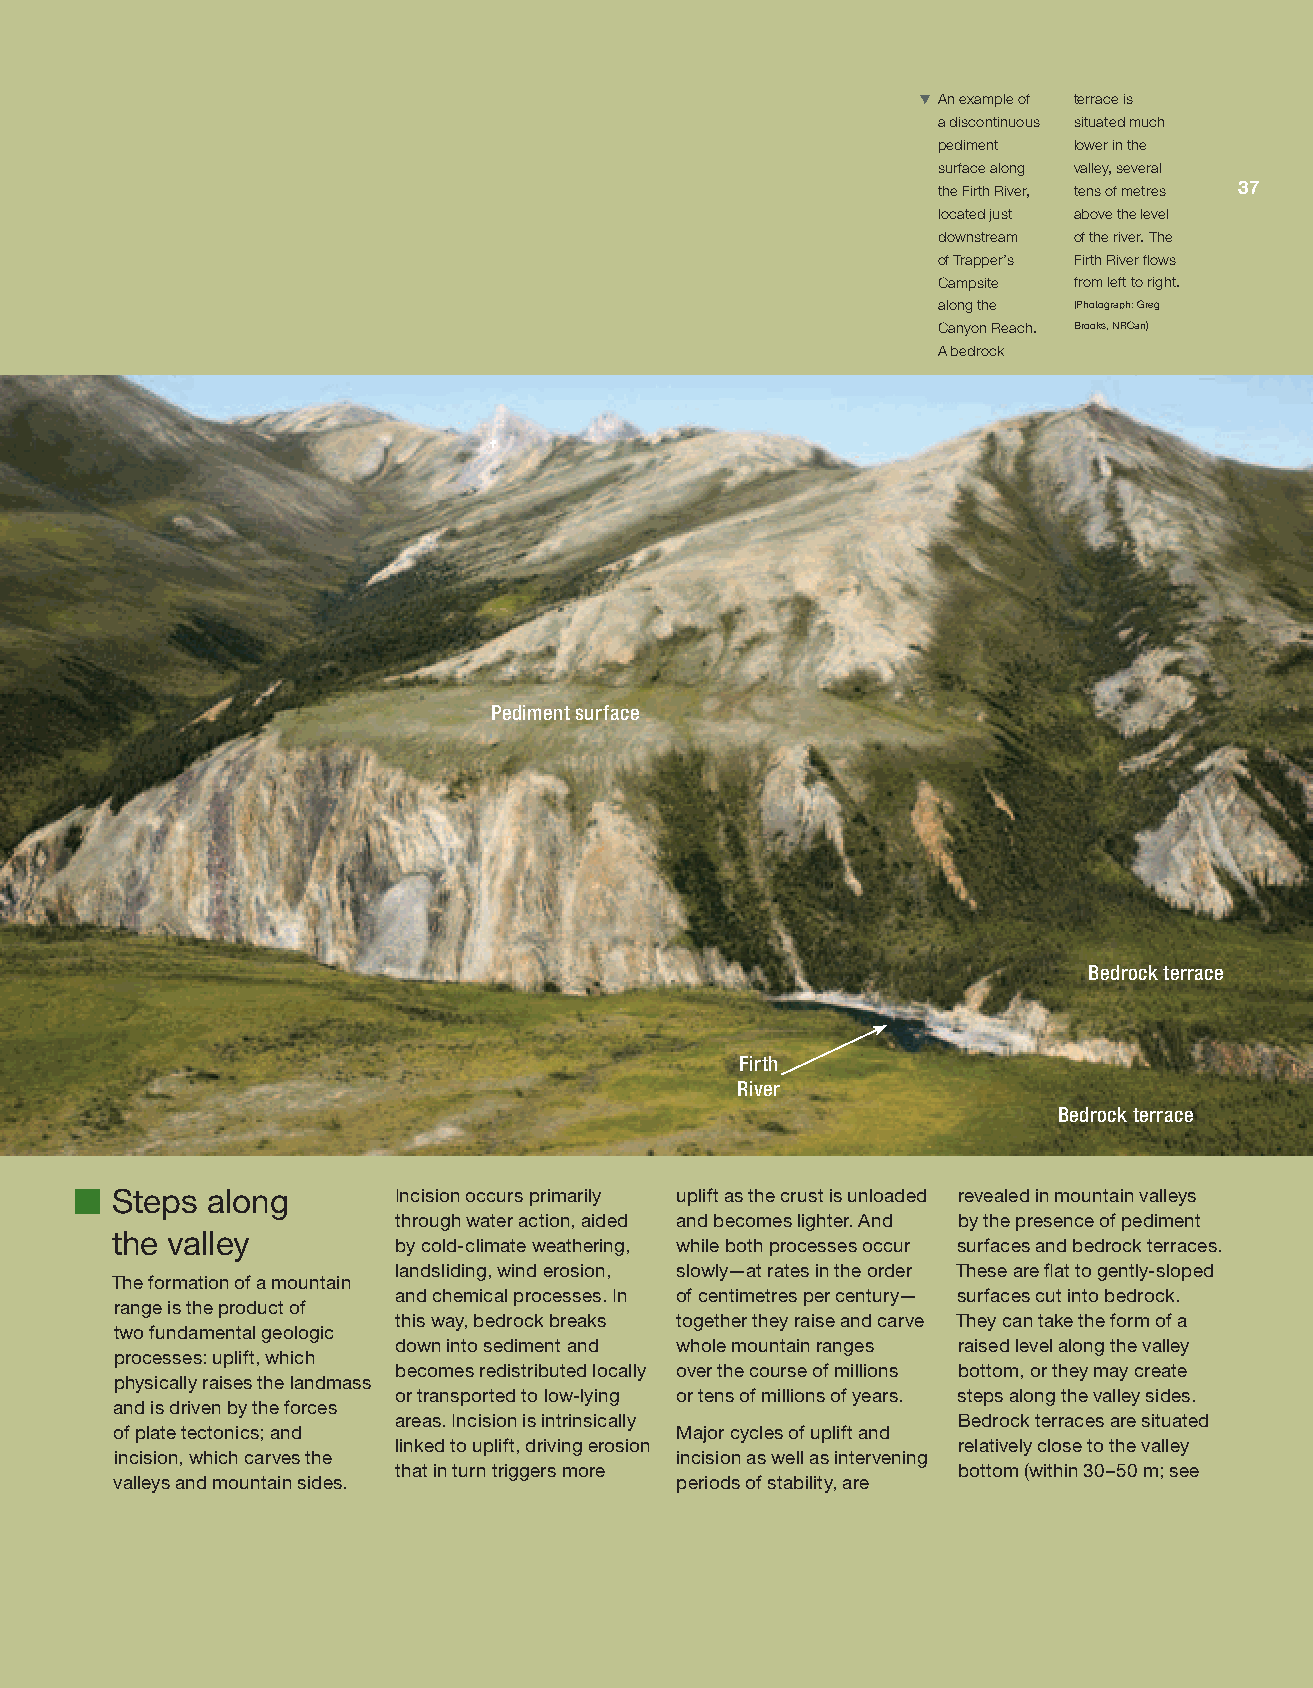
TXAn example of terrace is
 a discontinuous situated much
 pediment lower in the
 surface along valley, several
 Mountain reach                                        the Firth River, tens of metres 37
 located just above the level
 downstream of the river. The
 of Trapper’s Firth River flows
 Campsite from left to right.
 along the (Photograph: Greg
 Canyon Reach. Brooks, NRCan)
 A bedrock
 Pediment surface
 Bedrock terrace
 Firth
 River
 Bedrock terrace
 Steps  along       Incision occurs primarily uplift as the crust is unloaded revealed in mountain valleys
 through water action, aided and becomes lighter. And by the presence of pediment
 the valley
 by cold-climate weathering, while both processes occur surfaces and bedrock terraces.
 landsliding, wind erosion, slowly—at rates in the order These are flat to gently-sloped
 The formation of a mountain
 and chemical processes. In of centimetres per century— surfaces cut into bedrock.
 range is the product of
 this way, bedrock breaks together they raise and carve They can take the form of a
 two fundamental geologic
 down into sediment and whole mountain ranges raised level along the valley
 processes: uplift, which
 becomes redistributed locally over the course of millions bottom, or they may create
 physically raises the landmass
 or transported to low-lying or tens of millions of years. steps along the valley sides.
 and is driven by the forces
 areas. Incision is intrinsically     Bedrock terraces are situated
 of plate tectonics; and               Major cycles of uplift and
 linked to uplift, driving erosion    relatively close to the valley
 incision, which carves the           incision as well as intervening
 that in turn triggers more           bottom (within 30–50 m; see
 valleys and mountain sides.          periods of stability, are